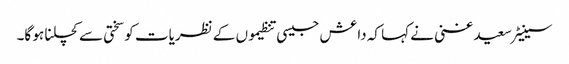
سینیٹر سعید غنی نے کہا کہ داعش جیسی تنظیموں کے نظریات کو سختی سے کچلنا ہو گا۔